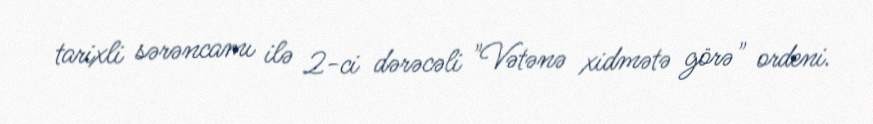
tarixli sərəncamı ilə 2-ci dərəcəli "Vətənə xidmətə görə" ordeni.